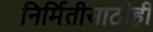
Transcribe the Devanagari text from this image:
निर्मितीसाठीही